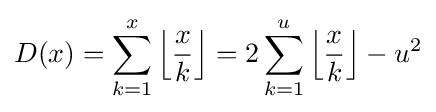
D(x)=\sum _{k=1}^{x}\left\lfloor {\frac {x}{k}}\right\rfloor =2\sum _{k=1}^{u}\left\lfloor {\frac {x}{k}}\right\rfloor -u^{2}